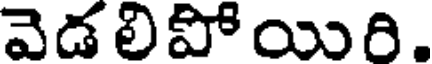
వెడ లిపో యిరి.